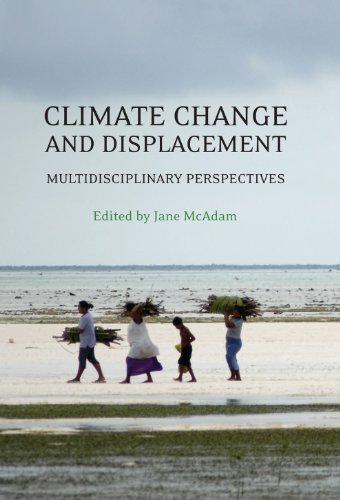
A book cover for Climate Change and Displacement: Multidisciplinary Perspectives; Law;